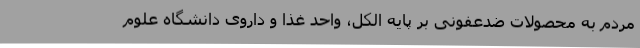
مردم به محصولات ضدعفونی بر پایه الکل، واحد غذا و داروی دانشگاه علوم